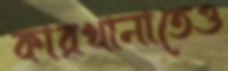
কারখানাতেও